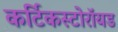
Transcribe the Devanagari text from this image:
कर्टिकस्टोरॉयड